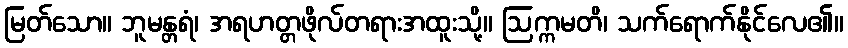
မြတ်သော။ ဘူမန္တရံ၊ အရဟတ္တဖိုလ်တရားအထူးသို့။ ဩက္ကမတိ၊ သက်ရောက်နိုင်လေ၏။